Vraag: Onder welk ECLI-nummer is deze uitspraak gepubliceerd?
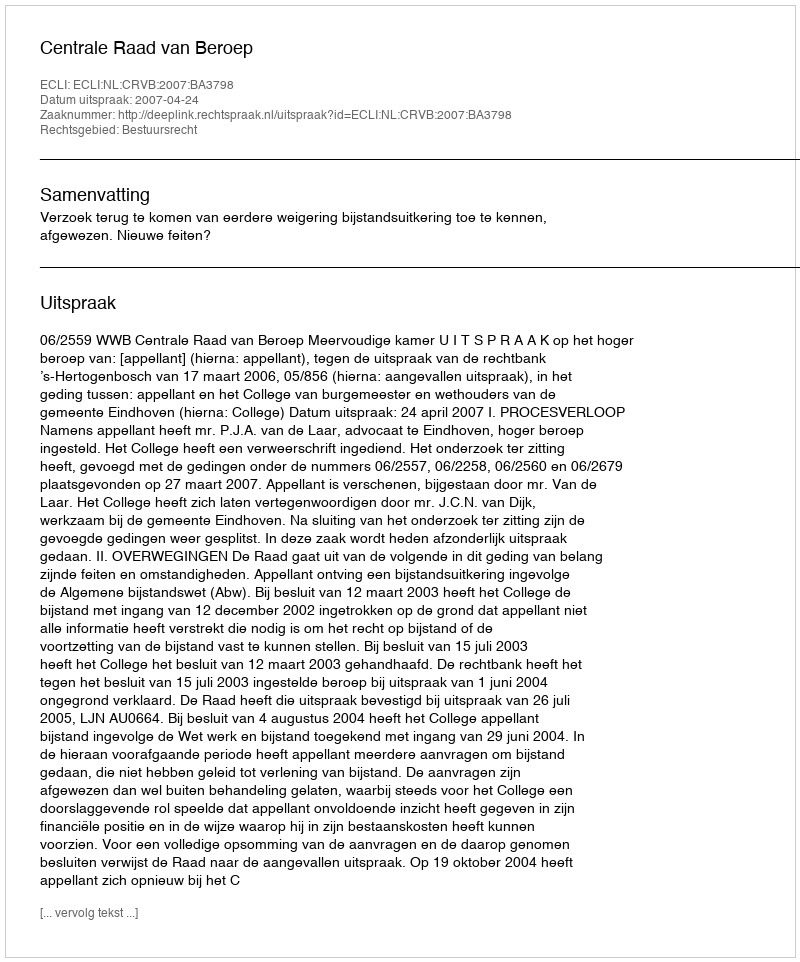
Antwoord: ECLI:NL:CRVB:2007:BA3798